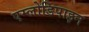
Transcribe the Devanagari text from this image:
एम्लोडिपाइन